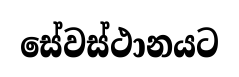
සේවස්ථානයට